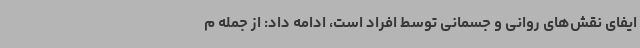
ایفای نقش‌های روانی و جسمانی توسط افراد است، ادامه داد: از جمله م